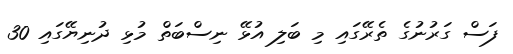
ފަސް ގަރުނުގެ ތެރޭގައި މި ބަލި އުޅޭ ނިސްބަތް މުޅި ދުނިޔޭގައި 30